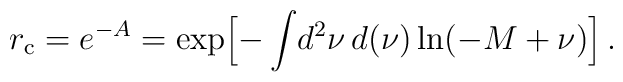
r_{\rm c} = e^{-A} = \exp\Bigl[ -\int\! d^{2}\nu\, d(\nu) \ln (-M+\nu) \Bigr]\, .